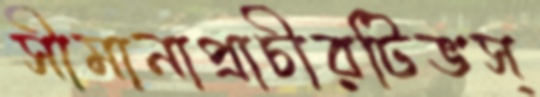
সীমানাপ্রাচীরটিভস্